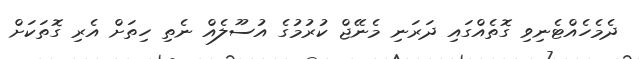
ދެމެހެއްޓެނިވި ގޮތެއްގައި ދަރަނި މެނޭޖް ކުރުމުގެ އުސޫލެއް ނެތި ހިތަށް އެރި ގޮތަކަށް